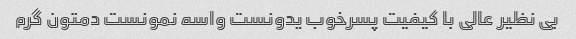
بی نظیر عالی با کیفیت پسرخوب یدونست واسه نمونست دمتون گرم